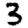
Digit: 3